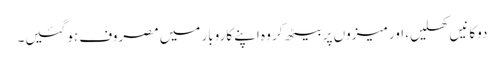
دوکانیں کھلیں، اور میزوں پر بیٹھ کر وہ اپنے کاروبار میں مصروف ہو گئیں۔